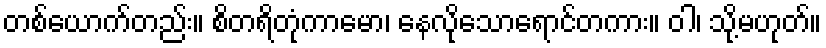
တစ်ယောက်တည်း။ စိတရိတုံကာမော၊ နေလိုသောရောင်တကား။ ဝါ၊ သို့မဟုတ်။